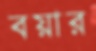
বয়ার